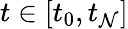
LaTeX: t\in[t_{0},t_{\mathcal{N}}]